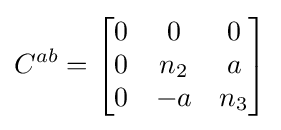
C^{ab}={\begin{bmatrix}0&0&0\\0&n_{2}&a\\0&-a&n_{3}\end{bmatrix}}